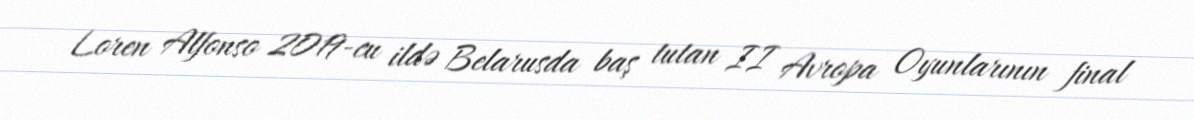
Loren Alfonso 2019-cu ildə Belarusda baş tutan II Avropa Oyunlarının final